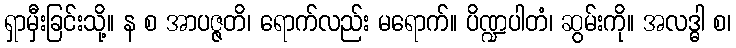
ရှာမှီးခြင်းသို့။ န စ အာပဇ္ဇတိ၊ ရောက်လည်း မရောက်။ ပိဏ္ဍပါတံ၊ ဆွမ်းကို။ အလဒ္ဓါ စ၊